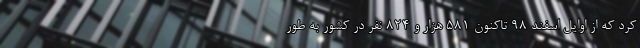
کرد که از اوایل اسفند ۹۸ تاکنون ۵۸۱ هزار و ۸۲۴ نفر در کشور به طور